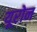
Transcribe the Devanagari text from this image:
यूरोन